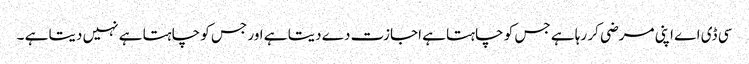
سی ڈی اے اپنی مرضی کر رہا ہے جس کو چاہتا ہے اجازت دے دیتا ہے اور جس کو چاہتا ہے نہیں دیتا ہے ۔